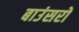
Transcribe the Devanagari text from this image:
बाउंसरों